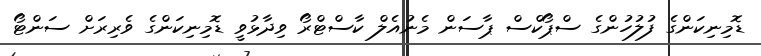
ޑޮމިނިކަންގެ ފުލުހުންގެ ސްޕޯކްސް ޕާސަން މެނުއެލް ކާސްޓްރޯ ވިދާޅުވީ ޑޮމިނިކަންގެ ވެރިރަށް ސަންޓޯ